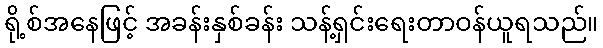
ရို့စ်အနေဖြင့် အခန်းနှစ်ခန်း သန့်ရှင်းရေးတာဝန်ယူရသည်။